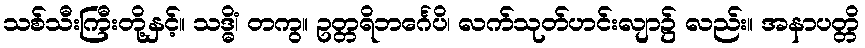
သစ်သီးကြီးတို့နှင့်။ သဒ္ဓိံ၊ တကွ။ ဥတ္တရိဘင်္ဂေပိ၊ လက်သုတ်ဟင်းလျာ၌ လည်း။ အနာပတ္တိ